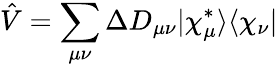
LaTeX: \hat{V}=\sum_{\mu\nu}\Delta D_{\mu\nu}|\chi_{\mu}^{*}\rangle\langle\chi_{\nu}|